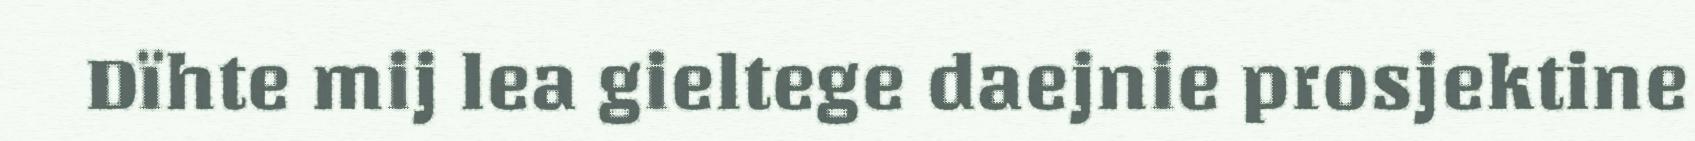
Dïhte mij lea gieltege daejnie prosjektine